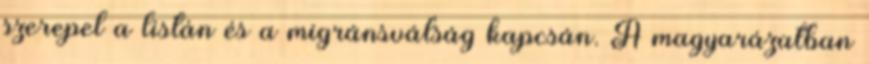
szerepel a listán és a migránsválság kapcsán. A magyarázatban